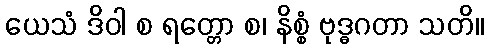
ယေသံ ဒိဝါ စ ရတ္တော စ၊ နိစ္စံ ဗုဒ္ဓဂတာ သတိ။